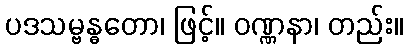
ပဒသမ္ဗန္ဓတော၊ ဖြင့်။ ဝဏ္ဏနာ၊ တည်း။